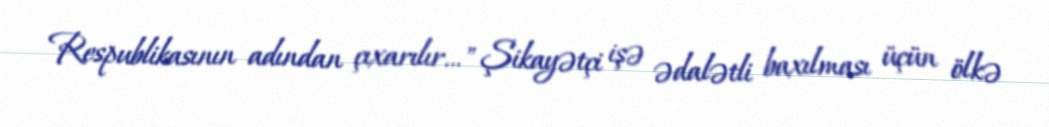
Respublikasının adından çıxarılır..." Şikayətçi işə ədalətli baxılması üçün ölkə